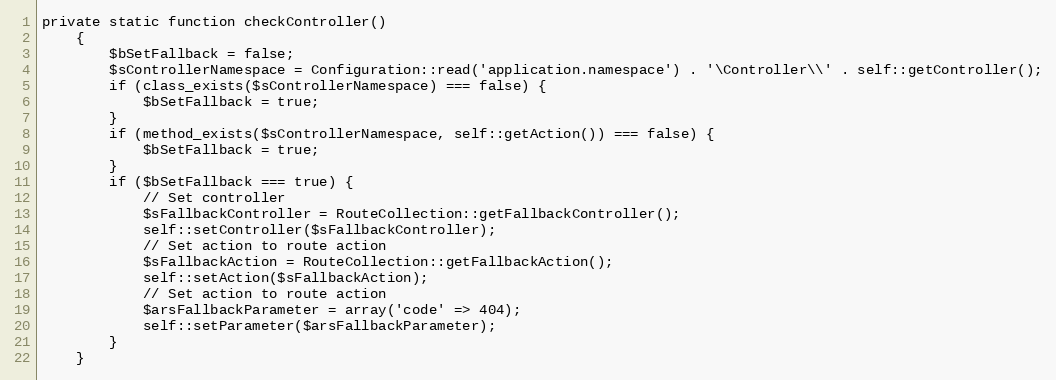
Language: PHP
private static function checkController()
    {
        $bSetFallback = false;
        $sControllerNamespace = Configuration::read('application.namespace') . '\Controller\\' . self::getController();
        if (class_exists($sControllerNamespace) === false) {
            $bSetFallback = true;
        }
        if (method_exists($sControllerNamespace, self::getAction()) === false) {
            $bSetFallback = true;
        }
        if ($bSetFallback === true) {
            // Set controller
            $sFallbackController = RouteCollection::getFallbackController();
            self::setController($sFallbackController);
            // Set action to route action
            $sFallbackAction = RouteCollection::getFallbackAction();
            self::setAction($sFallbackAction);
            // Set action to route action
            $arsFallbackParameter = array('code' => 404);
            self::setParameter($arsFallbackParameter);
        }
    }